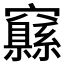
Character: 𱷜